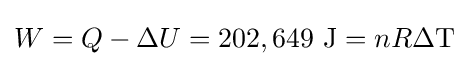
W=Q-\Delta U=202,649{\text{ J}}=nR\Delta \mathrm {T}